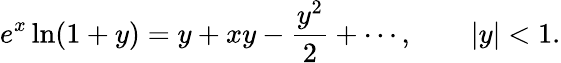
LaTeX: e^{x}\ln(1+y)=y+xy-{\frac{y^{2}}{2}}+\cdots,\qquad|y|<1.